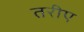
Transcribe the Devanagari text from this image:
तरीए